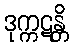
ဒုက္ကဋန္တိ